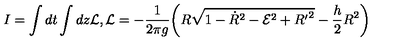
I = \int d t \int d z { \cal L } , { \cal L } = - \frac { 1 } { 2 \pi g } \bigg ( R \sqrt { 1 - { \dot { R } } ^ { 2 } - { \cal E } ^ { 2 } + { R ^ { \prime } } ^ { 2 } } - \frac { h } { 2 } R ^ { 2 } \bigg )